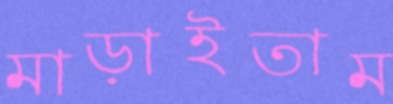
মাড়াইতাম